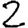
Digit: 2